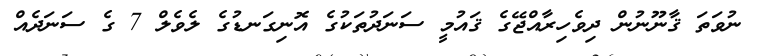
ނުވަތަ ޤާނޫނުން ދިވެހިރާއްޖޭގެ ޤައުމީ ސަނަދުތަކުގެ އޮނިގަނޑުގެ ލެވެލް 7 ގެ ސަނަދެއް